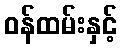
ဝန်ထမ်းနှင့်